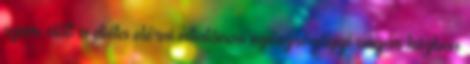
szem előtt a diéta elérni általános egészségügyi vágás közben